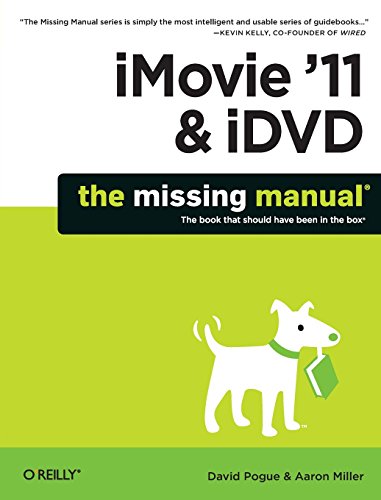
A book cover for iMovie '11 & iDVD: The Missing Manual (Missing Manuals) (English and English Edition); David Pogue; Computers & Technology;